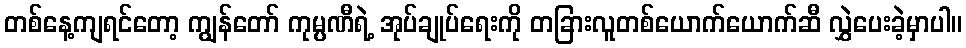
တစ်နေ့ကျရင်တော့ ကျွန်တော် ကုမ္ပဏီရဲ့ အုပ်ချုပ်ရေးကို တခြားလူတစ်ယောက်ယောက်ဆီ လွှဲပေးခဲ့မှာပါ။